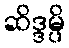
ဆိဒ္ဒမ္ပိ